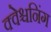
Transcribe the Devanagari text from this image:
क्वेश्चनिंग